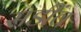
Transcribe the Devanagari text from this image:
सडींव